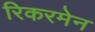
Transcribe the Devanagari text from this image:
रिकरमेन